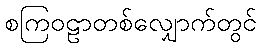
စကြဝဠာတစ်လျှောက်တွင်